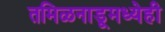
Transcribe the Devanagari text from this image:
तमिळनाडूमध्येही